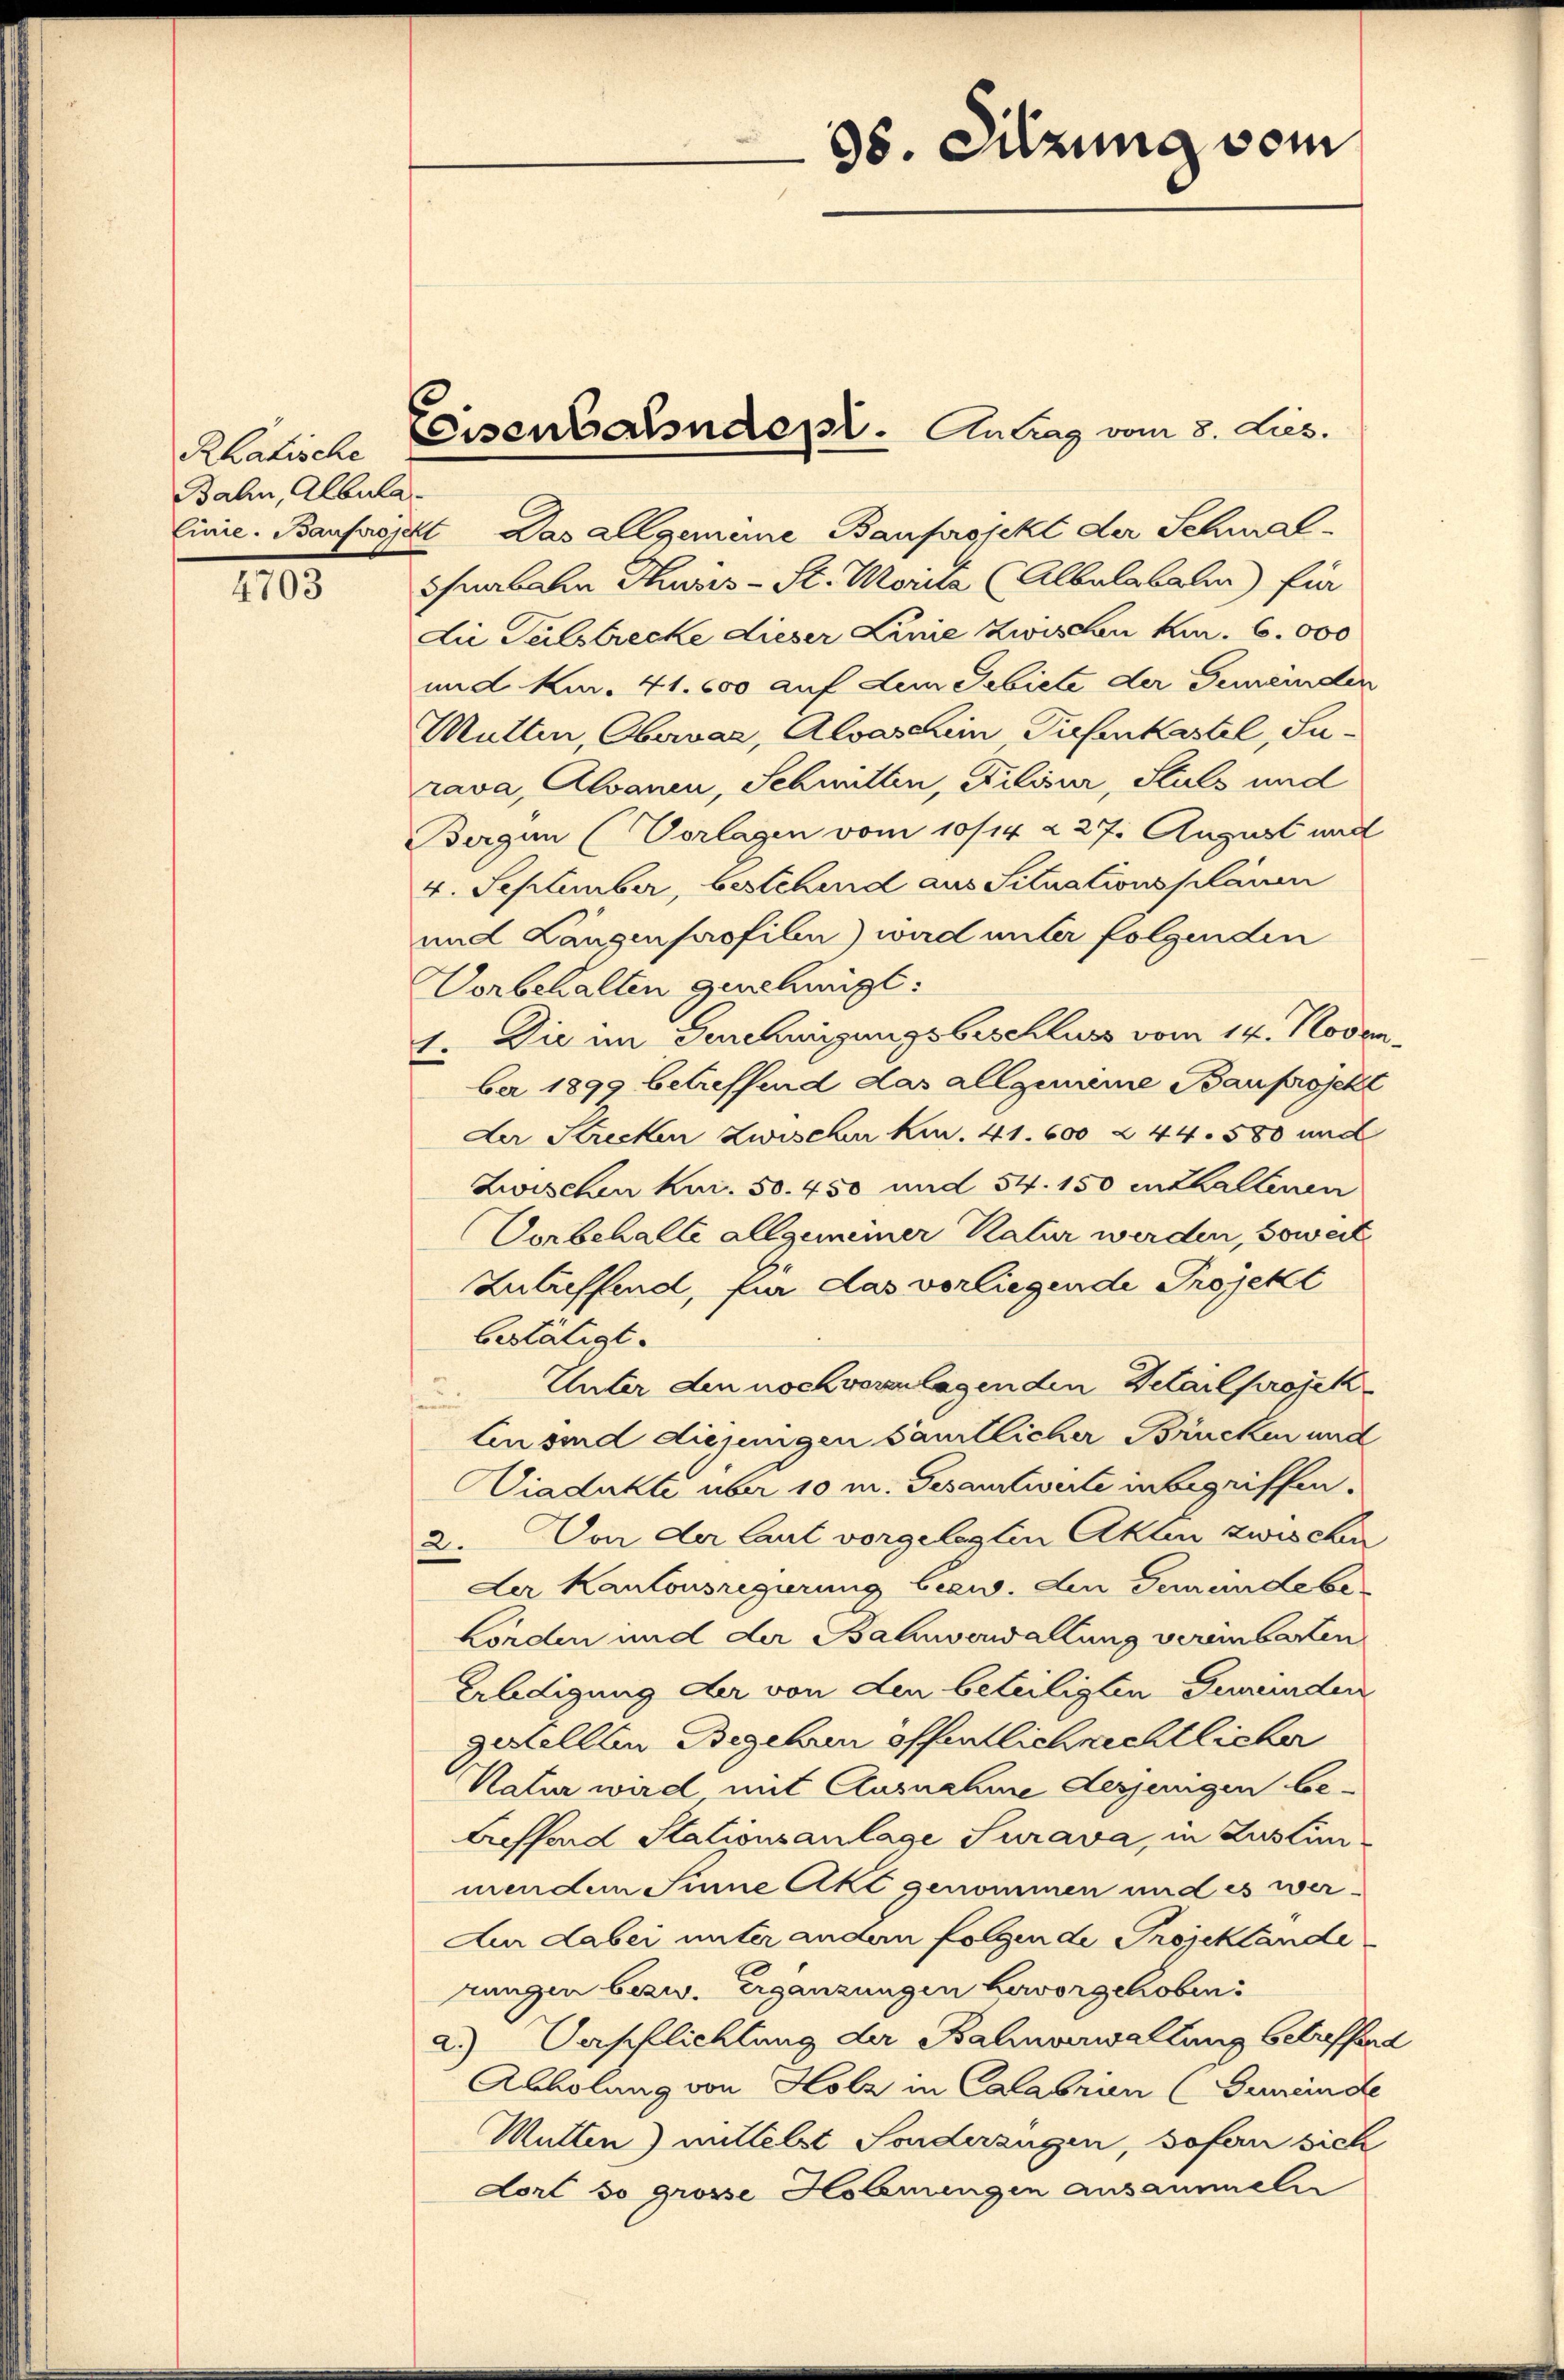
Rhatische
Bahn, Albula¬
Einie. Bauproje

4703

Eisenbahndepl. Antrag vom 8. Lies.

kt. Das allgemeine Bauprojekt der Schwal¬
Chnabeln Thusis - St. Morita (Albulabal) für
die Teilstrecke dieser Linie Zwischen kur. 6000
und kur. 41. 600 auf dem Gebiete der Gemeinden
Mutten, Obervar, Alvaschen Tiefenkastel, Surava, Alvanen, Schmitten, Dilisur, Stuls und
Bergen (Vorlagen vom 10/14. 227. August und
4. September, bestehend aus Situationsplanen
und Längenprofilen) wird unter folgenden
Vorbehalten genehmigt:
1. Die im Genehmigungsbeschluss vom 14. Novembe 1899 betreffend das allgemeine Bauprojekt
Der Strecken Zwischer kn. 41. 600 & 44. 580 und
Zwischen Kur. 50. 450 und 54. 150 in Khallenen
Vorbehalte allgemeiner Natur werden, soweit
Zutreffend, für das vorliegende Projekt
bestätigt.
Unter den noch veranlagenden Detail projek
ten sind diejenigen sämtlicher Brücken und
Viadukte über 10 m. Gesandtwerte in begriffen.
2. Von der laut vorgelegten Akten zwischen
Der Kantonsregierung bezw. den Gemeinde be
Lörden und der Balmwerwallung vereinbarten
Eldigung der von den beteiligten Gemeinden
gstellten Begehrn öffentlich rechtlicher
Natur wird mit Ausnahme derjenigen be-
treffend Stationsanlage Jurava, in Zustinmendem Sinne Akt genommen und es wer¬
Aur dabei unter andern folgende Projektände
rungen bezw. Ergänzungen hervorgehoben:
a.) Verpflichtung der Bahnverwaltung betreffend
Abholung von Holz in Calabrien (Gemeinde
Mutten) mittelst Sondeszugen, sofen sich
Dort so grosse Hornungen ansammeln

08. Sitzung vom